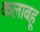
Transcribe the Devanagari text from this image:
कलाबहू